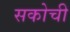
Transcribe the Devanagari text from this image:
सकोची